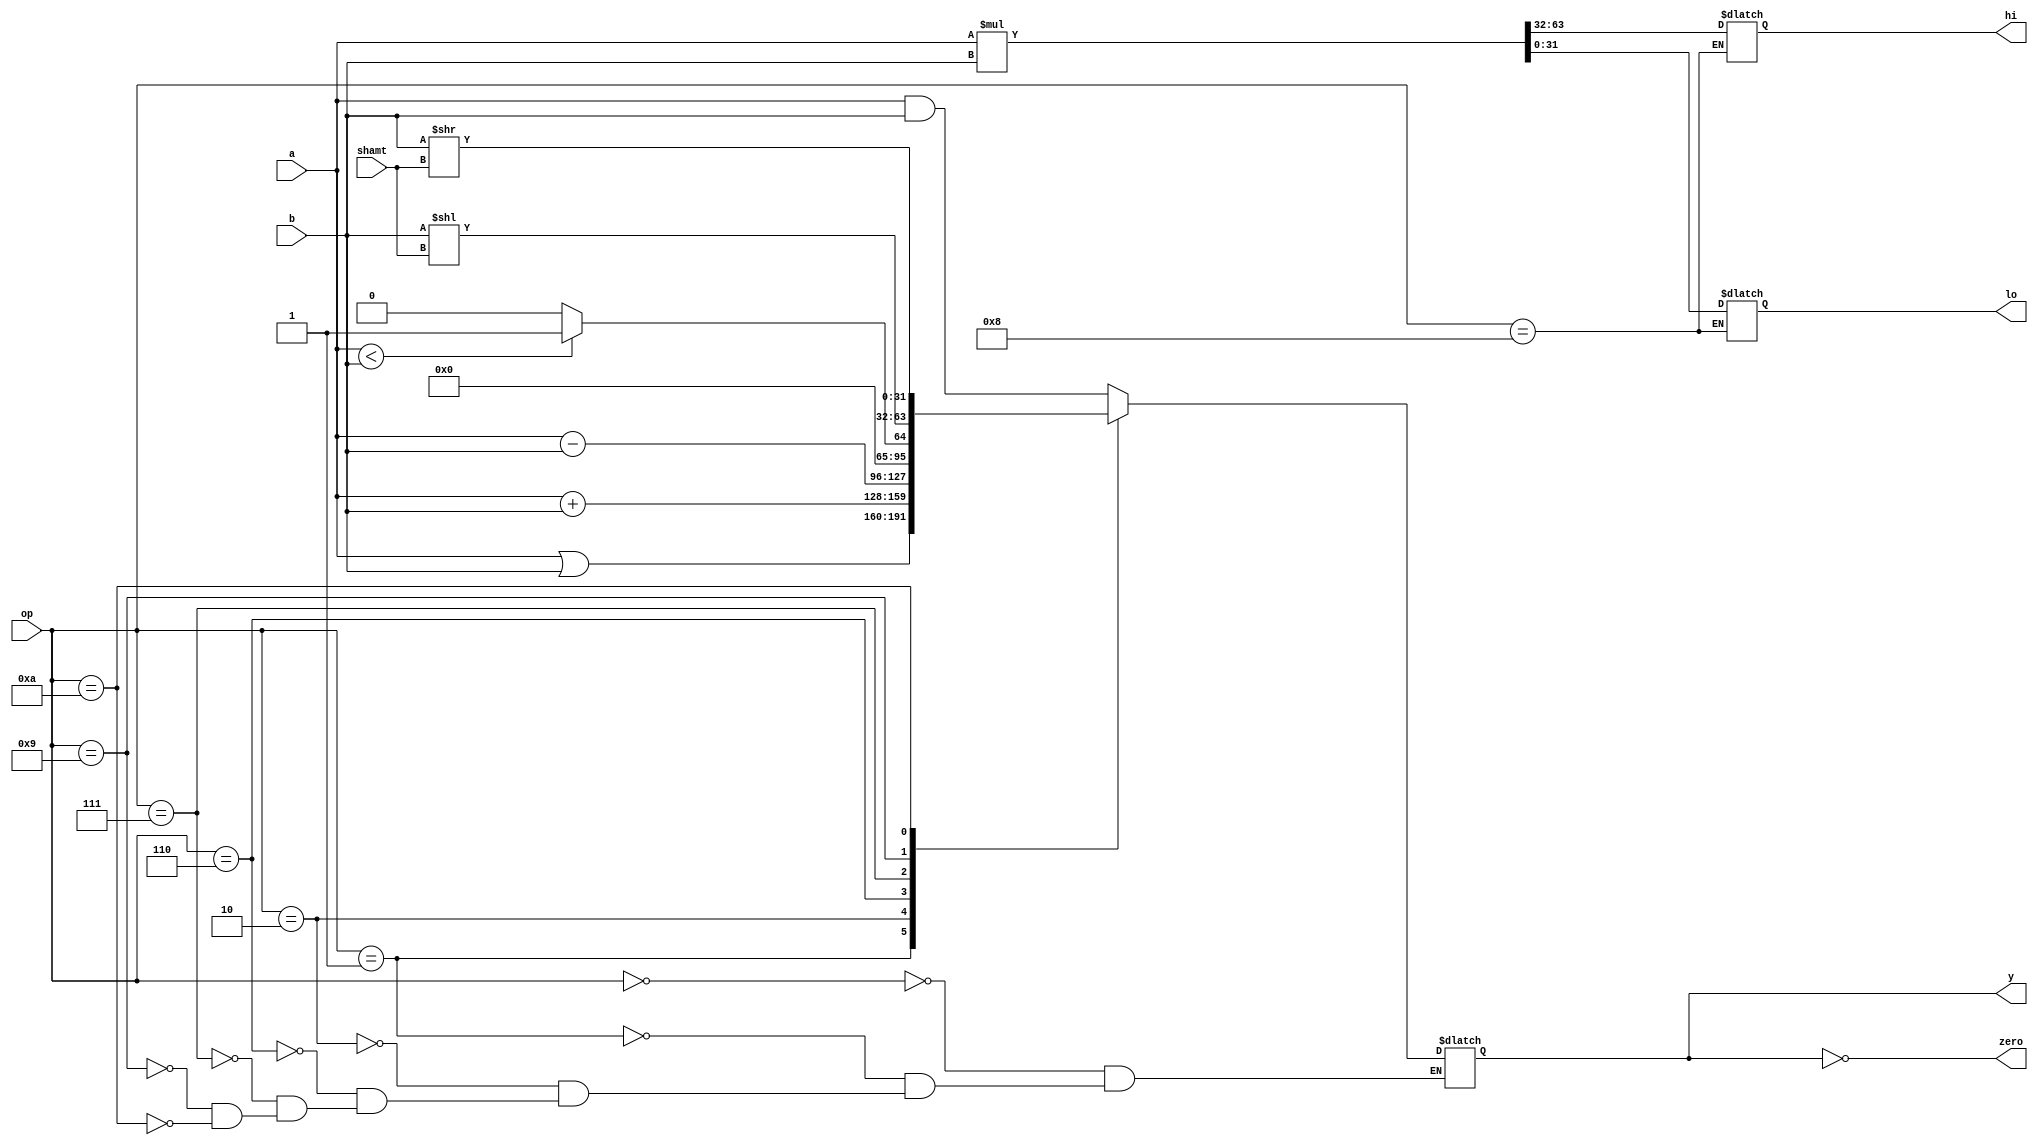
`timescale 1ns / 1ps
//////////////////////////////////////////////////////////////////////////////////
// Company: 
// Engineer: 
// 
// Design Name: 
// Module Name: alu
// Project Name: 
// Target Devices: 
// Tool Versions: 
// Description: 
// 
// Dependencies: 
// 
// Revision:
// Revision 0.01 - File Created
// Additional Comments:
// 
//////////////////////////////////////////////////////////////////////////////////


module alu (
        input  wire [3:0]  op,
        input  wire [31:0] a,
        input  wire [31:0] b,
        input  wire [4:0] shamt,
        output wire        zero,
        output reg  [31:0] y, hi, lo
    );

    assign zero = (y == 0);

    always @ (op, a, b) begin
        case (op)
            4'b0000: y <= a & b;
            4'b0001: y <= a | b;
            4'b0010: y <= a + b;
            4'b0110: y <= a - b;
            4'b0111: y <= (a < b) ? 1 : 0;
            4'b1000: {hi,lo} <= a * b;
            4'b1001: y <= b << shamt;
            4'b1010: y <= b >> shamt;
        endcase
    end

endmodule